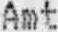
AMT